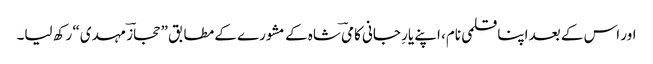
اور اس کے بعد اپنا قلمی نام، اپنے یارِ جانی کامیؔ شاہ کے مشورے کے مطابق ”حجازؔ مہدی“ رکھ لیا۔